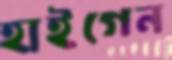
হাইগেন